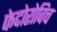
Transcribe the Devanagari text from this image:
फेदोरोविच